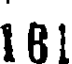
161